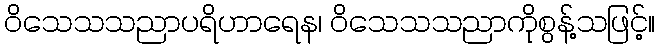
ဝိသေသသညာပရိဟာရေန၊ ဝိသေသသညာကိုစွန့်သဖြင့်။